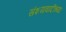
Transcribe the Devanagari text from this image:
संशयवादींच्या